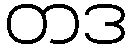
တဒ